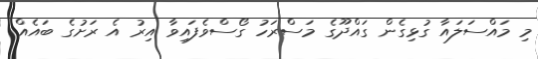
މި މައްސަލައާ ގުޅިގެން ގައްދޫގެ މަސްރަހު ގޯސްވެފައިވާ އިރު އެ ރަށުގެ ބައެއް